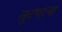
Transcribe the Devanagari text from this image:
लुटणाऱ्या